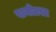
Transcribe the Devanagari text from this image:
पानीग्रस्त